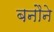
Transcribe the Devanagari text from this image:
बनौने